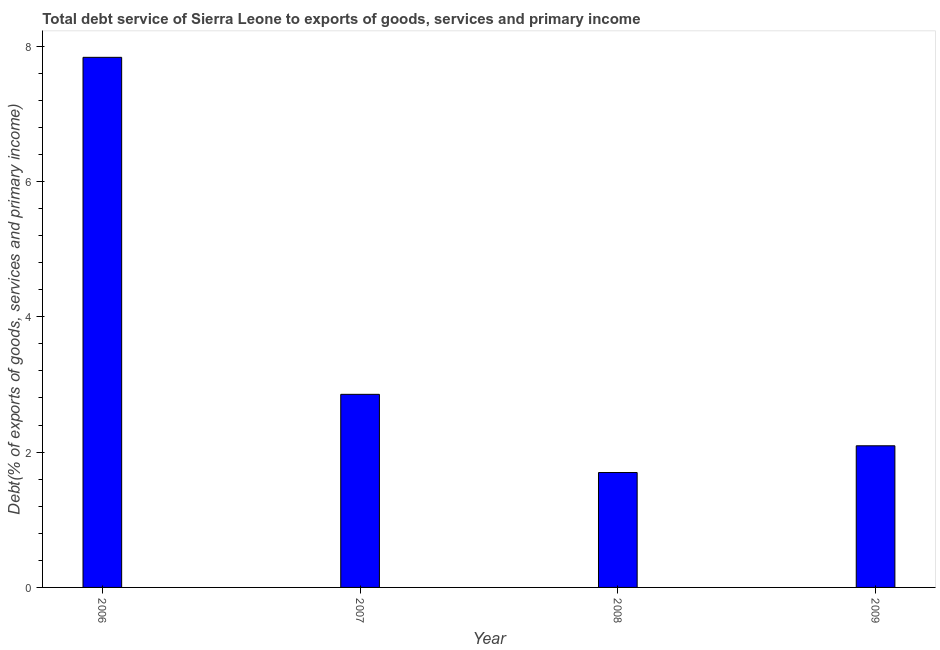
| Year | Total debt service |
 | --- | --- |
 | 2006 | 7.84 |
 | 2007 | 2.85 |
 | 2008 | 1.7 |
 | 2009 | 2.09 |